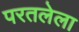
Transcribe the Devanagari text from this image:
परतलेला